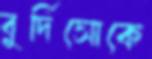
বুর্দিসোকে